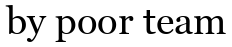
by poor team